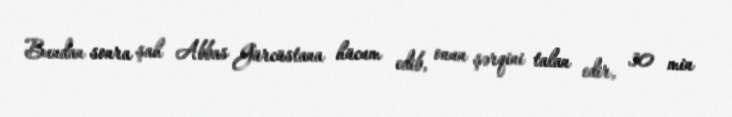
Bundan sonra şah Abbas Gürcüstana hücum edib, onun şərqini talan edir, 30 min